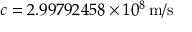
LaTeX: c = 2 . 9 9 7 9 2 4 5 8 \times 1 0 ^ { 8 } \, { \mathrm { m } } / { \mathrm { s } }